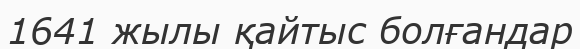
1641 жылы қайтыс болғандар